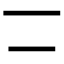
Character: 𠄟